Indian journal of veterinary science and animal husbandry - Volume 11,
Year: 1941
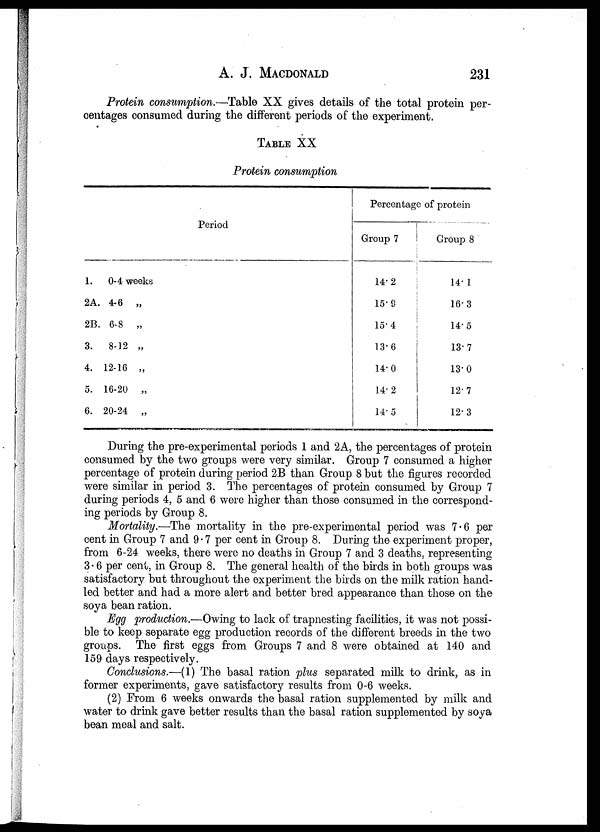
A. J.
MACDONALD
231
Protein consumption.—Table XX gives details of the total protein per-
centages consumed during the different periods of the experiment.
TABLE XX
Protein consumption
Period
1.
0-4 weeks
2A.4-6
„
2B.6-8
„
3.
8-12 „
4. 12-16 „
5. 16-20 „
6. 20-24 „
Percentage of protein
Group 7
14.2
15.9
15.4
13.6
14.0
14.2
14.5
Group 8
14. 1
16.3
14.5
13.7
13.0
12.7
12.3
During the pre-experimental periods 1 and 2A, the percentages of protein
consumed by the two groups were very similar. Group 7 consumed a higher
percentage of protein during period 2B than Group 8 but the figures recorded
were similar in period 3. The percentages of protein consumed by Group 7
during periods 4, 5 and 6 were higher than those consumed in the correspond-
ing periods by Group 8.
Mortality.—The mortality in the pre-experimental period was 7.6 per
cent in Group 7 and 9.7 per cent in Group 8. During the experiment proper,
from 6-24 weeks, there were no deaths in Group 7 and 3 deaths, representing
3.6 per cent, in Group 8. The general health of the birds in both groups was
satisfactory but throughout the experiment the birds on the milk ration hand-
led better and had a more alert and better bred appearance than those on the
soya bean ration.
Egg production.—Owing to lack of trapnesting facilities, it was not possi-
ble to keep separate egg production records of the different breeds in the two
groups. The first eggs from Groups 7 and 8 were obtained at 140 and
159 days respectively.
Conclusions.—(1) The basal ration plus separated milk to drink, as in
former experiments, gave satisfactory results from 0-6 weeks.
(2) From 6 weeks onwards the basal ration supplemented by milk and
water to drink gave better results than the basal ration supplemented by soya
bean meal and salt.